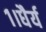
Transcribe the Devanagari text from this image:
१।धैर्य